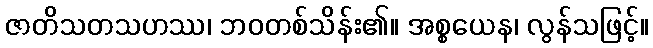
ဇာတိသတသဟဿ၊ ဘဝတစ်သိန်း၏။ အစ္စယေန၊ လွန်သဖြင့်။